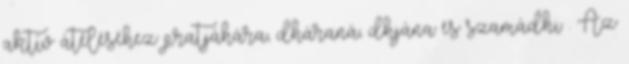
aktív átéléséhez pratjáhára, dháraná, dhjána és szamádhi . Az